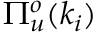
\Pi _ { u } ^ { o } ( k _ { i } )